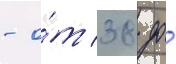
- о́т 38 до́